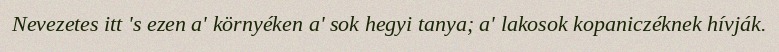
Nevezetes itt 's ezen a' környéken a' sok hegyi tanya; a' lakosok kopaniczéknek hívják.